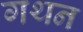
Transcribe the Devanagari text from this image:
गथन